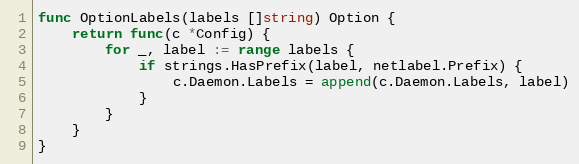
Language: Go
func OptionLabels(labels []string) Option {
	return func(c *Config) {
		for _, label := range labels {
			if strings.HasPrefix(label, netlabel.Prefix) {
				c.Daemon.Labels = append(c.Daemon.Labels, label)
			}
		}
	}
}